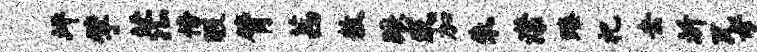
坪擘茫傍暇臂茜敖蹶或加朱潸臻祀去圻瓦母